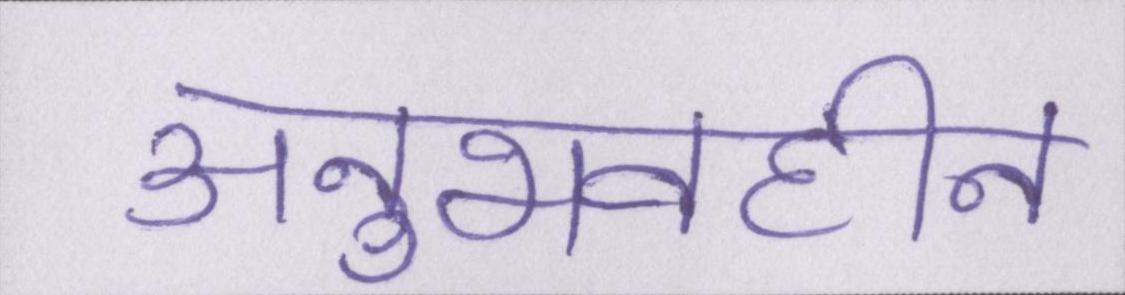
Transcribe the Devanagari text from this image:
अनुभवहीन